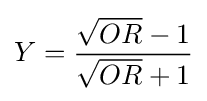
Y={\frac {{\sqrt {OR}}-1}{{\sqrt {OR}}+1}}